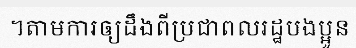
។តាមការឲ្យដឹងពីប្រជាពលរដ្ឋបងប្អូន